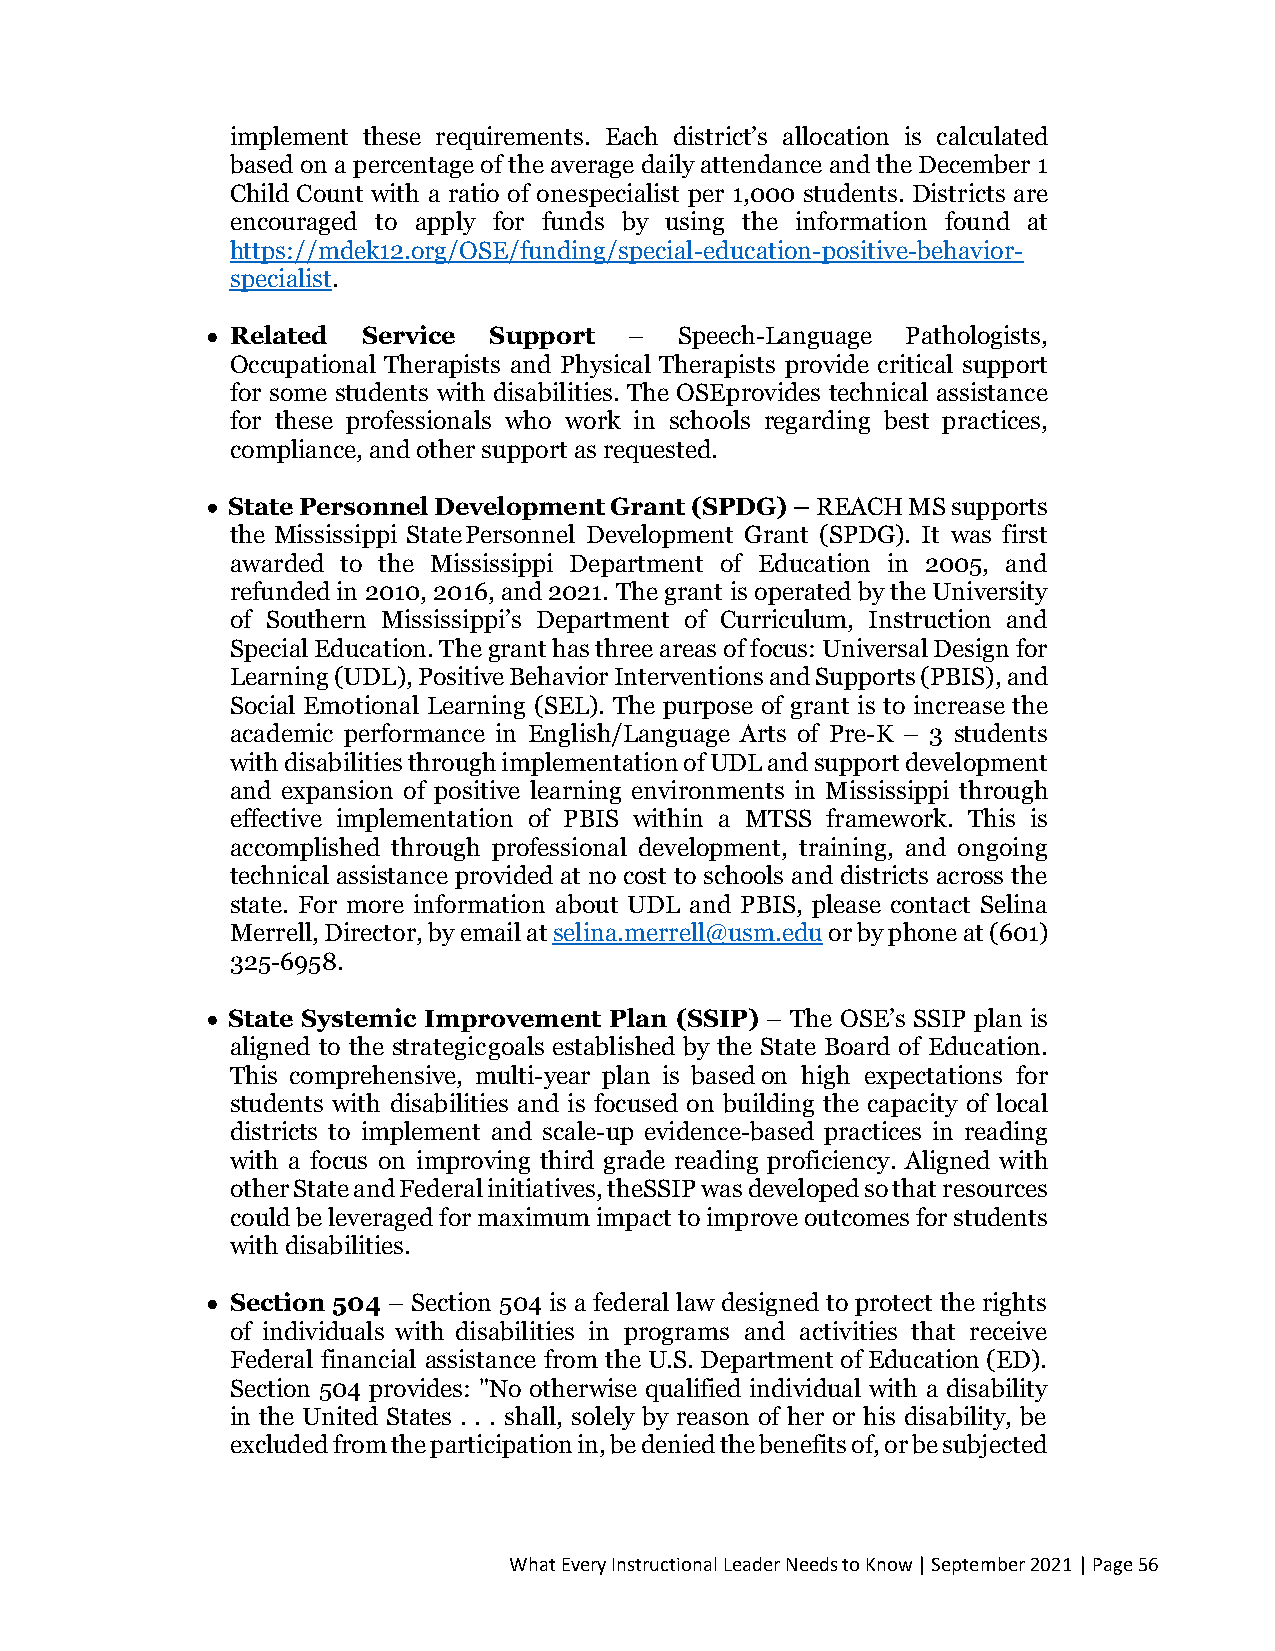
implement these requirements. Each district’s allocation is calculated
 based on a percentage of the average daily attendance and the December 1
 Child Count with a ratio of one specialist per 1,000 students. Districts are
 encouraged to apply for funds by using the information found at
 https://mdek12.org/OSE/funding/special-education-positive-behavior-
 specialist.
 • Related Service Support   –  Speech-Language Pathologists,
 Occupational Therapists and Physical Therapists provide critical support
 for some students with disabilities. The OSE provides technical assistance
 for these professionals who work in schools regarding best practices,
 compliance, and other support as requested.
 • State Personnel Development Grant (SPDG) – REACH MS supports
 the Mississippi State Personnel Development Grant (SPDG). It was first
 awarded to the Mississippi Department of Education in 2005, and
 refunded in 2010, 2016, and 2021. The grant is operated by the University
 of Southern Mississippi’s Department of Curriculum, Instruction and
 Special Education. The grant has three areas of focus: Universal Design for
 Learning (UDL), Positive Behavior Interventions and Supports (PBIS), and
 Social Emotional Learning (SEL). The purpose of grant is to increase the
 academic performance in English/Language Arts of Pre-K – 3 students
 with disabilities through implementation of UDL and support development
 and expansion of positive learning environments in Mississippi through
 effective implementation of PBIS within a MTSS framework. This is
 accomplished through professional development, training, and ongoing
 technical assistance provided at no cost to schools and districts across the
 state. For more information about UDL and PBIS, please contact Selina
 Merrell, Director, by email at selina.merrell@usm.edu or by phone at (601)
 325-6958.
 • State Systemic Improvement Plan (SSIP) – The OSE’s SSIP plan is
 aligned to the strategic goals established by the State Board of Education.
 This comprehensive, multi-year plan is based on high expectations for
 students with disabilities and is focused on building the capacity of local
 districts to implement and scale-up evidence-based practices in reading
 with a focus on improving third grade reading proficiency. Aligned with
 other State and Federal initiatives, the SSIP was developed so that resources
 could be leveraged for maximum impact to improve outcomes for students
 with disabilities.
 • Section 504 – Section 504 is a federal law designed to protect the rights
 of individuals with disabilities in programs and activities that receive
 Federal financial assistance from the U.S. Department of Education (ED).
 Section 504 provides: "No otherwise qualified individual with a disability
 in the United States . . . shall, solely by reason of her or his disability, be
 excluded from the participation in, be denied the benefits of, or be subjected
 What Every Instructional Leader Needs to Know | September 2021 | Page 56